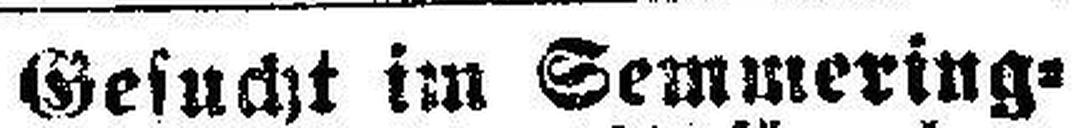
Gesucht im Semmering¬